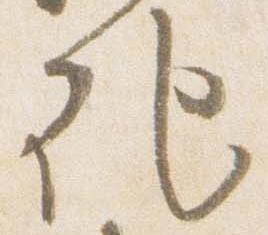
記